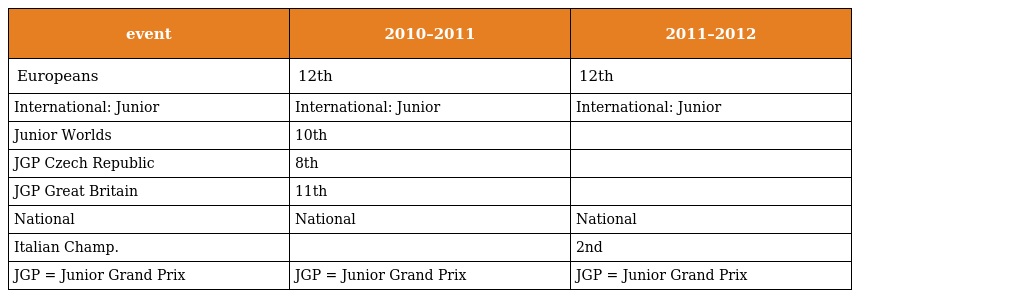
| event | 2010–2011 | 2011–2012 |
 | --- | --- | --- |
 | Europeans | 12th | 12th |
 | International: Junior | International: Junior | International: Junior |
 | Junior Worlds | 10th |  |
 | JGP Czech Republic | 8th |  |
 | JGP Great Britain | 11th |  |
 | National | National | National |
 | Italian Champ. |  | 2nd |
 | JGP = Junior Grand Prix | JGP = Junior Grand Prix | JGP = Junior Grand Prix |